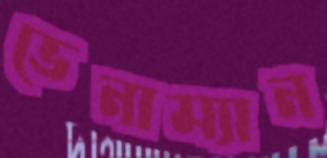
ভেনাম্যান